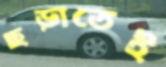
ছড়াতেই